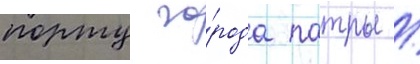
порту го́рода патры /